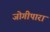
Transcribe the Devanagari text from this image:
जोगीपारा